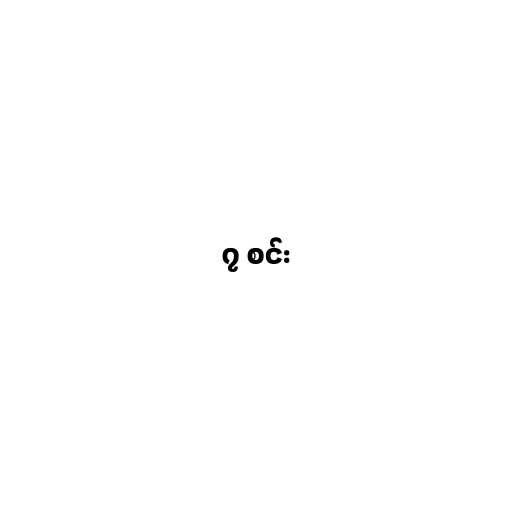
၇ စင်း